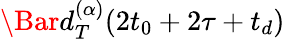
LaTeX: \Bar{d}_{T}^{(\alpha)}(2t_{0}+2\tau+t_{d})